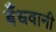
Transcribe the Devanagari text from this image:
बँधवानी